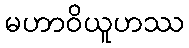
မဟာဝိယူဟဿ